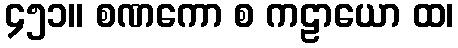
၄၅၁။ စဏကော စ ကဠာယော ထ၊